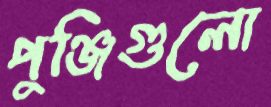
পুঞ্জিগুলো